Report of the Indian Hemp Drugs Commission, 1894-1895 - Volume III
Year: 1894
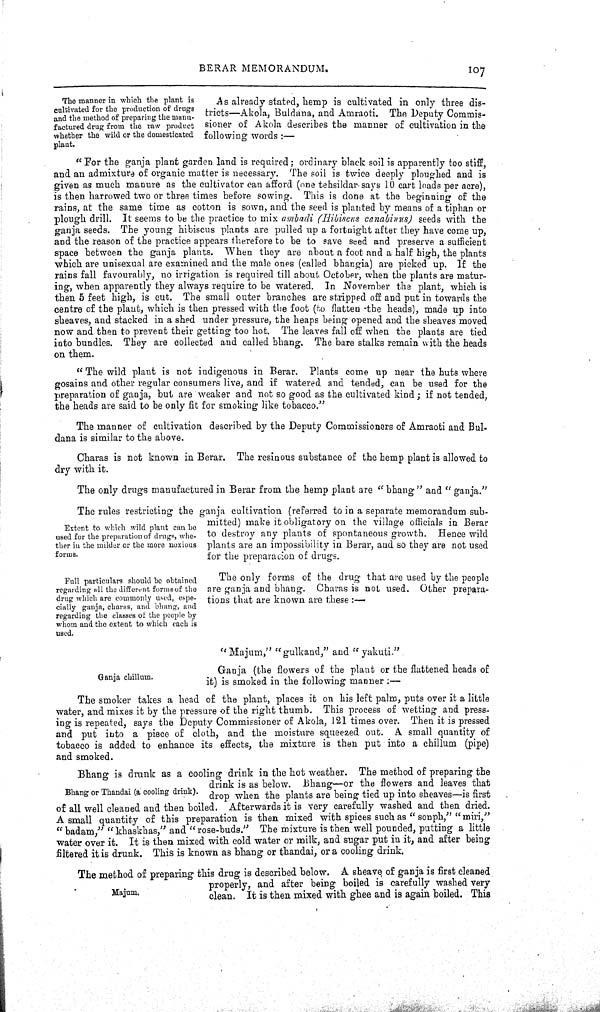
BERAR MEMORANDUM.
107
The manner in which the plant is
cultivated for the production of drugs
and the method of preparing the manu-
factured drug from the raw product
whether the wild or the domesticated
plant.
As already stated, hemp is cultivated in only three dis-
tricts—Akola, Buldana, and Amraoti. The Deputy Commis-
sioner of Akola describes the manner of cultivation in the
following words:—
"For the ganja plant garden land is required; ordinary black soil is apparently too stiff,
and an admixture of organic matter is necessary. The soil is twice deeply ploughed and is
given as much manure as the cultivator can afford (one tehsildar says 10 cart loads per acre),
is then harrowed two or three times before sowing. This is done at the beginning of the
rains, at the same time as cotton is sown, and the seed is planted by means of a tiphan or
plough drill. It seems to be the practice to mix ambadi (Hibiscus canabinus) seeds with the
ganja seeds. The young hibiscus plants are pulled up a fortnight after they have come up,
and the reason of the practice appears therefore to be to save seed and preserve a sufficient
space between the ganja plants. When they are about a foot and a half high, the plants
which are unisexual are examined and the male ones (called bhangia) are picked up. If the
rains fall favourably, no irrigation is required till about October, when the plants are matur-
ing, when apparently they always require to be watered. In November the plant, which is
then 5 feet high, is cut. The small outer branches are stripped off and put in towards the
centre of the plant, which is then pressed with the foot (to flatten the heads), made up into
sheaves, and stacked in a shed under pressure, the heaps being opened and the sheaves moved
now and then to prevent their getting too hot. The leaves fall off when the plants are tied
into bundles. They are collected and called bhang. The bare stalks remain with the heads
on them.
"The wild plant is not indigenous in Berar. Plants come up near the huts where
gosains and other regular consumers live, and if watered and tended, can be used for the
preparation of ganja, but are weaker and not so good as the cultivated kind; if not tended,
the heads are said to be only fit for smoking like tobacco."
The manner of cultivation described by the Deputy Commissioners of Amraoti and Bul-
dana is similar to the above.
Charas is not known in Berar. The resinous substance of the hemp plant is allowed to
dry with it.
The only drugs manufactured in Berar from the hemp plant are "bhang" and "ganja."
Extent to which wild plant can be
used for the preparation of drugs, whe-
ther in the milder or the more noxious
forms.
Full particulars should be obtained
regarding all the different forms of the
drug which are commonly used, espe-
cially ganja, charas, and bhang, and
regarding the classes of the people by
whom and the extent to which each is
used.
The rules restricting the ganja cultivation (referred to in a separate memorandum sub-
mitted) make it obligatory on the village officials in Berar
to destroy any plants of spontaneous growth. Hence wild
plants are an impossibility in Berar, and so they are not used
for the preparation of drugs.
The only forms of the drug that are used by the people
are ganja and bhang. Charas is not used. Other prepara-
tions that are known are these:—
Ganja chillum.
"Majum," "gulkand," and "yakuti."
Ganja (the flowers of the plant or the flattened heads of
it) is smoked in the following manner:—
The smoker takes a head of the plant, places it on his left palm, puts over it a little
water, and mixes it by the pressure of the right thumb. This process of wetting and press-
ing is repeated, says the Deputy Commissioner of Akola, 121 times over. Then it is pressed
and put into a piece of cloth, and the moisture squeezed out. A small quantity of
tobacco is added to enhance its effects, the mixture is then put into a chillum (pipe)
and smoked.
Bhang or Thandai (a cooling drink).
Bhang is drunk as a cooling drink in the hot weather. The method of preparing the
drink is as below. Bhang—or the flowers and leaves that
drop when the plants are being tied up into sheaves—is first
of all well cleaned and then boiled. Afterwards it is very carefully washed and then dried.
A small quantity of this preparation is then mixed with spices such as "sonph," "miri,"
"badam," "khaskhas," and "rose-buds." The mixture is then well pounded, putting a little
water over it. It is then mixed with cold water or milk, and sugar put in it, and after being
filtered it is drunk. This is known as bhang or thandai, or a cooling drink.
Majum.
The method of preparing this drug is described below. A sheave of ganja is first cleaned
properly, and after being boiled is carefully washed very
clean. It is then mixed with ghee and is again boiled. This